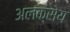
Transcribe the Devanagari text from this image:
अलक्सेय